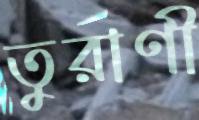
তুরাণী